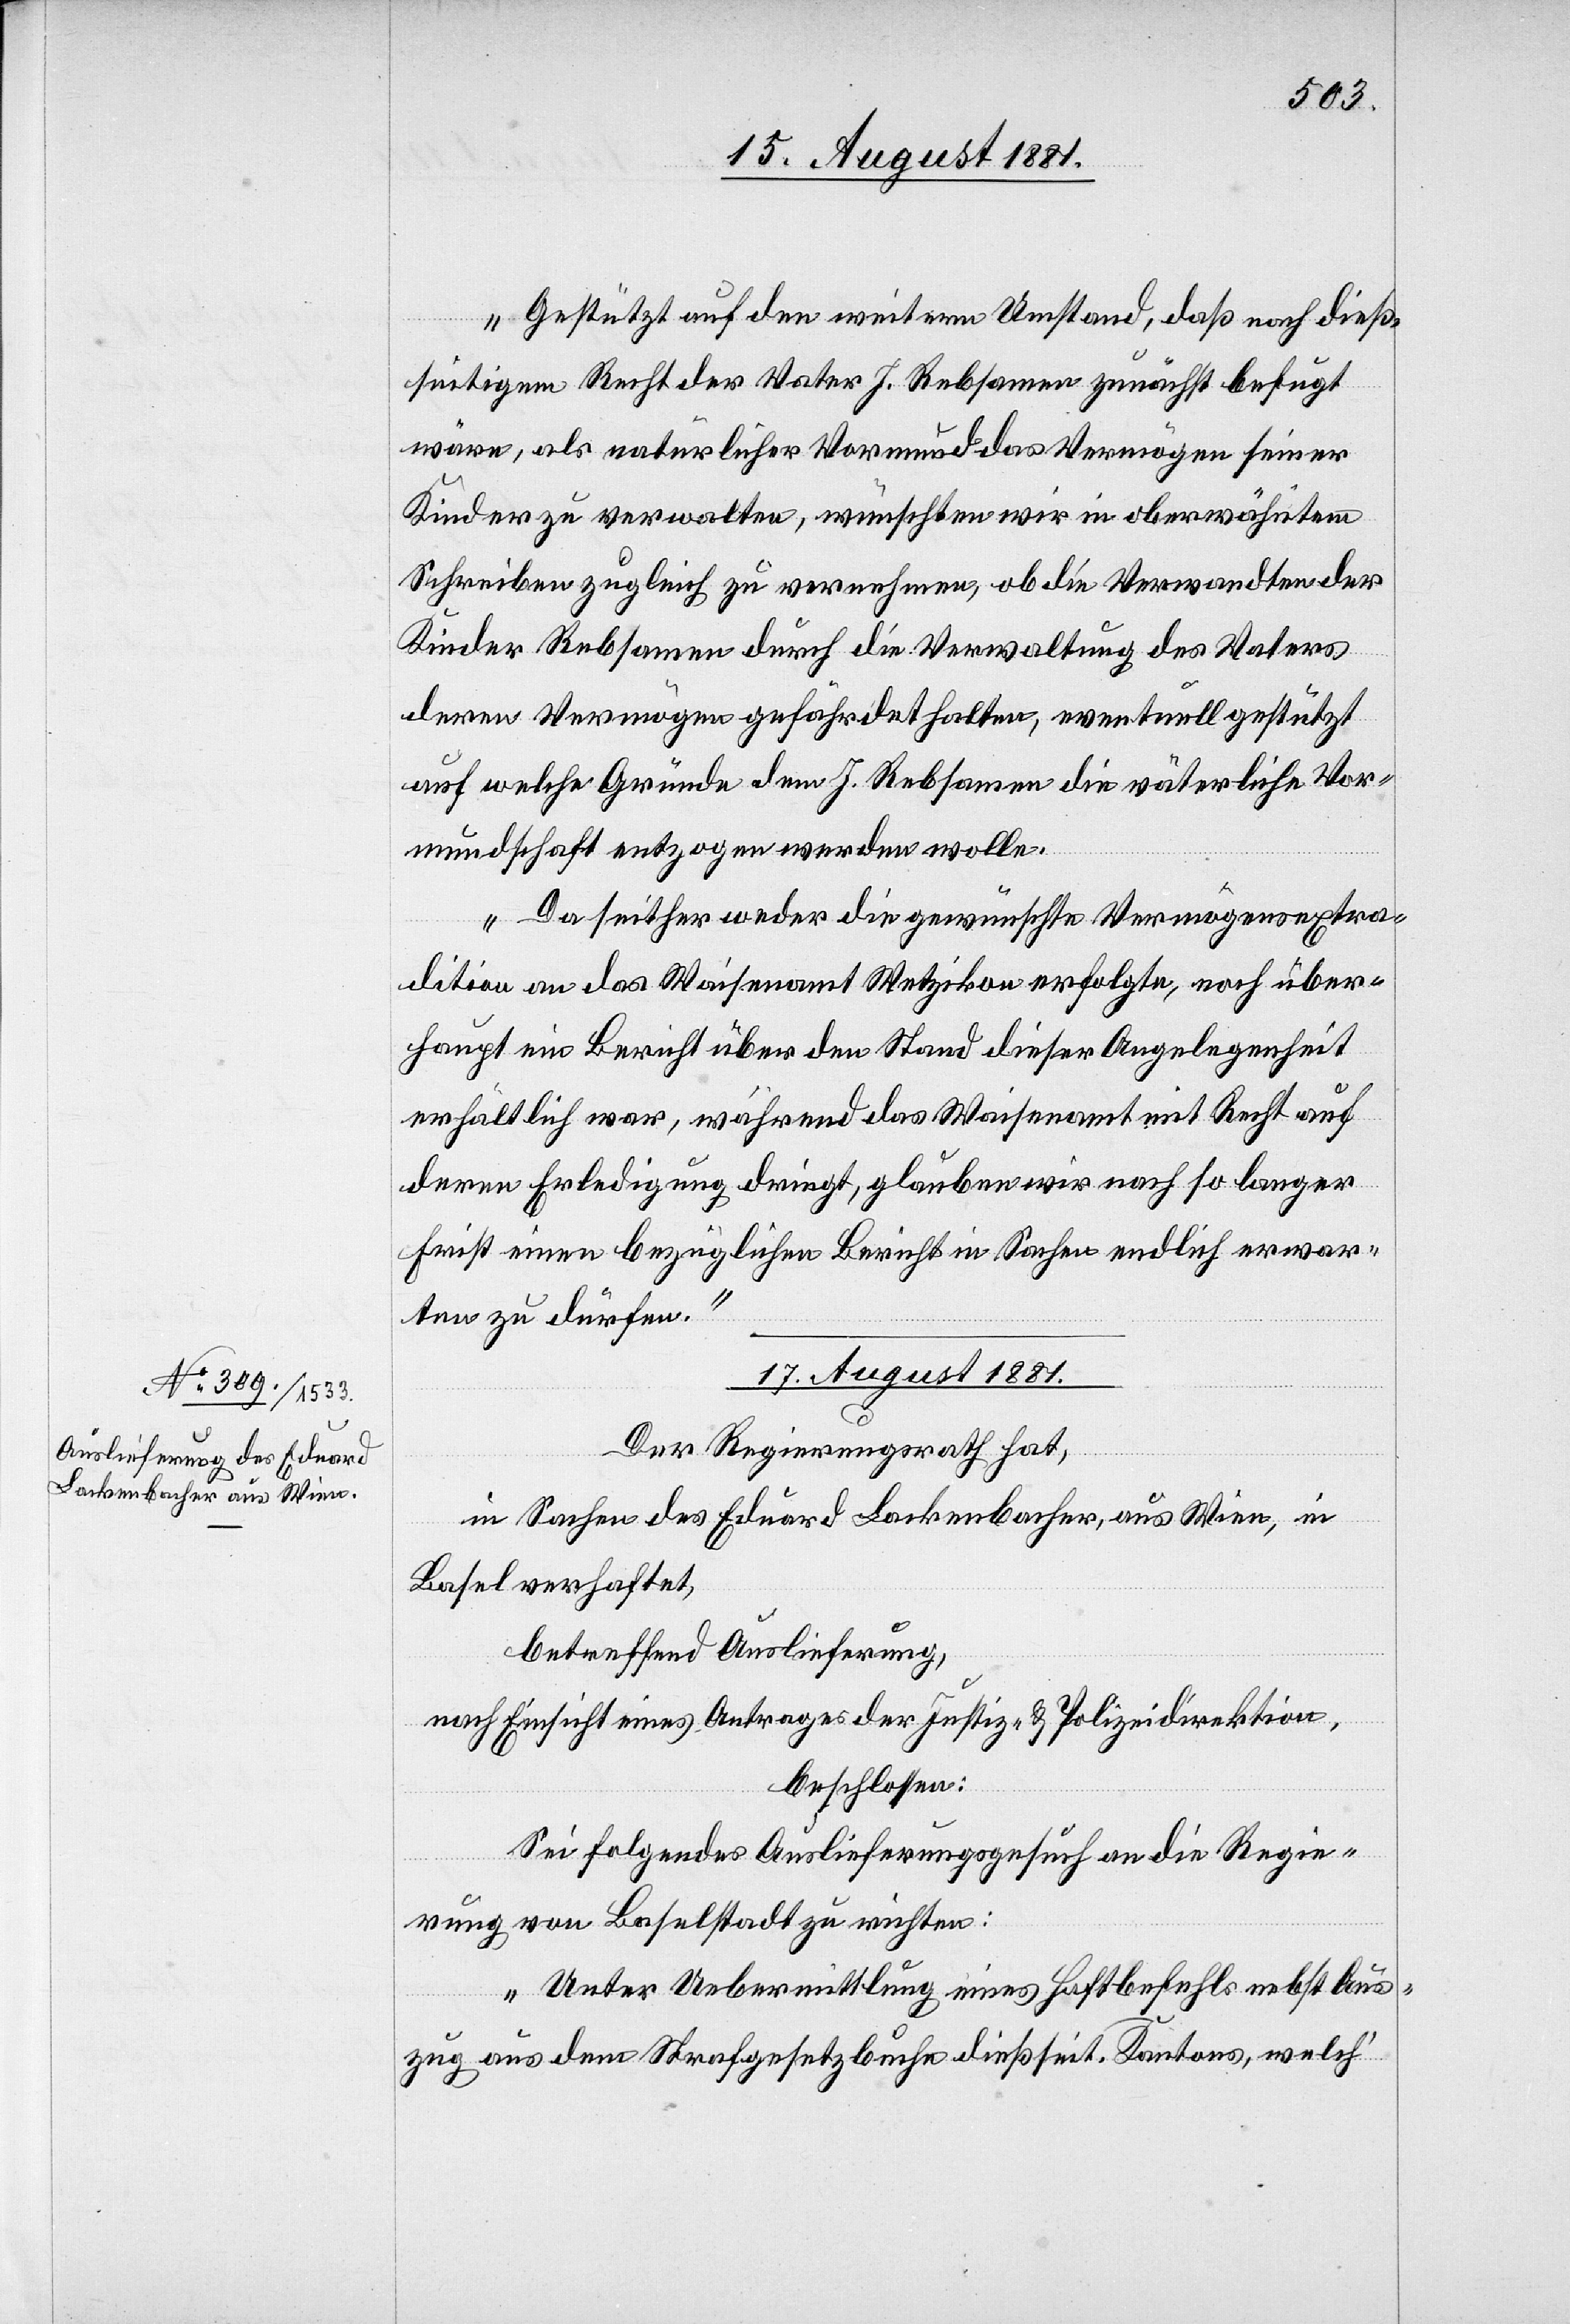
Gestützt auf den weitern Umstand, daß nach dieß¬
seitigem Recht der Vater J. Rebsamen zunächst befugt
wäre, als natürlicher Vormund das Vermögen seiner
Kinder zu verwalten, wünschten wird in oberwähntem
Schreiben zugleich zu vernehmen, ob die Verwandten der
Kinder Rebsamen durch die Verwaltung des Vaters
deren Vermögen gefährdet halten, eventuell gestützt
auf welche Gründe dem J. Rebsamen die väterliche Vor¬
mundschaft entzogen werden wolle.
Da seither weder die gewünschte Vermögensextra¬
dition an das Waisenamt Wetzikon erfolgte, noch über¬
haupt ein Bericht über den Stand dieser Angelegenheit
erhältlich war, während das Waisenamt mit Recht auf
deren Erledigung dringt, glauben wir nach so langer
Frist einen bezüglichen Bericht in Sachen endlich erwar¬
ten zu dürfen.“
17. August 1881.
Der Regierungsrath hat,
in Sachen des Eduard Lackenbacher, aus Wien, in
Basel verhaftet,
betreffend Auslieferung,
nach Einsicht eines Antrages der Justiz- & Polizeidirektion,
beschlossen:
Sei folgendes Auslieferungsgesuch an die Regie¬
rung von Baselstadt zu richten:
„Unter Uebermittlung eines Haftbefehles nebst Aus¬
zug aus dem Strafgesetzbuche dießseit. Kantons, welch‘